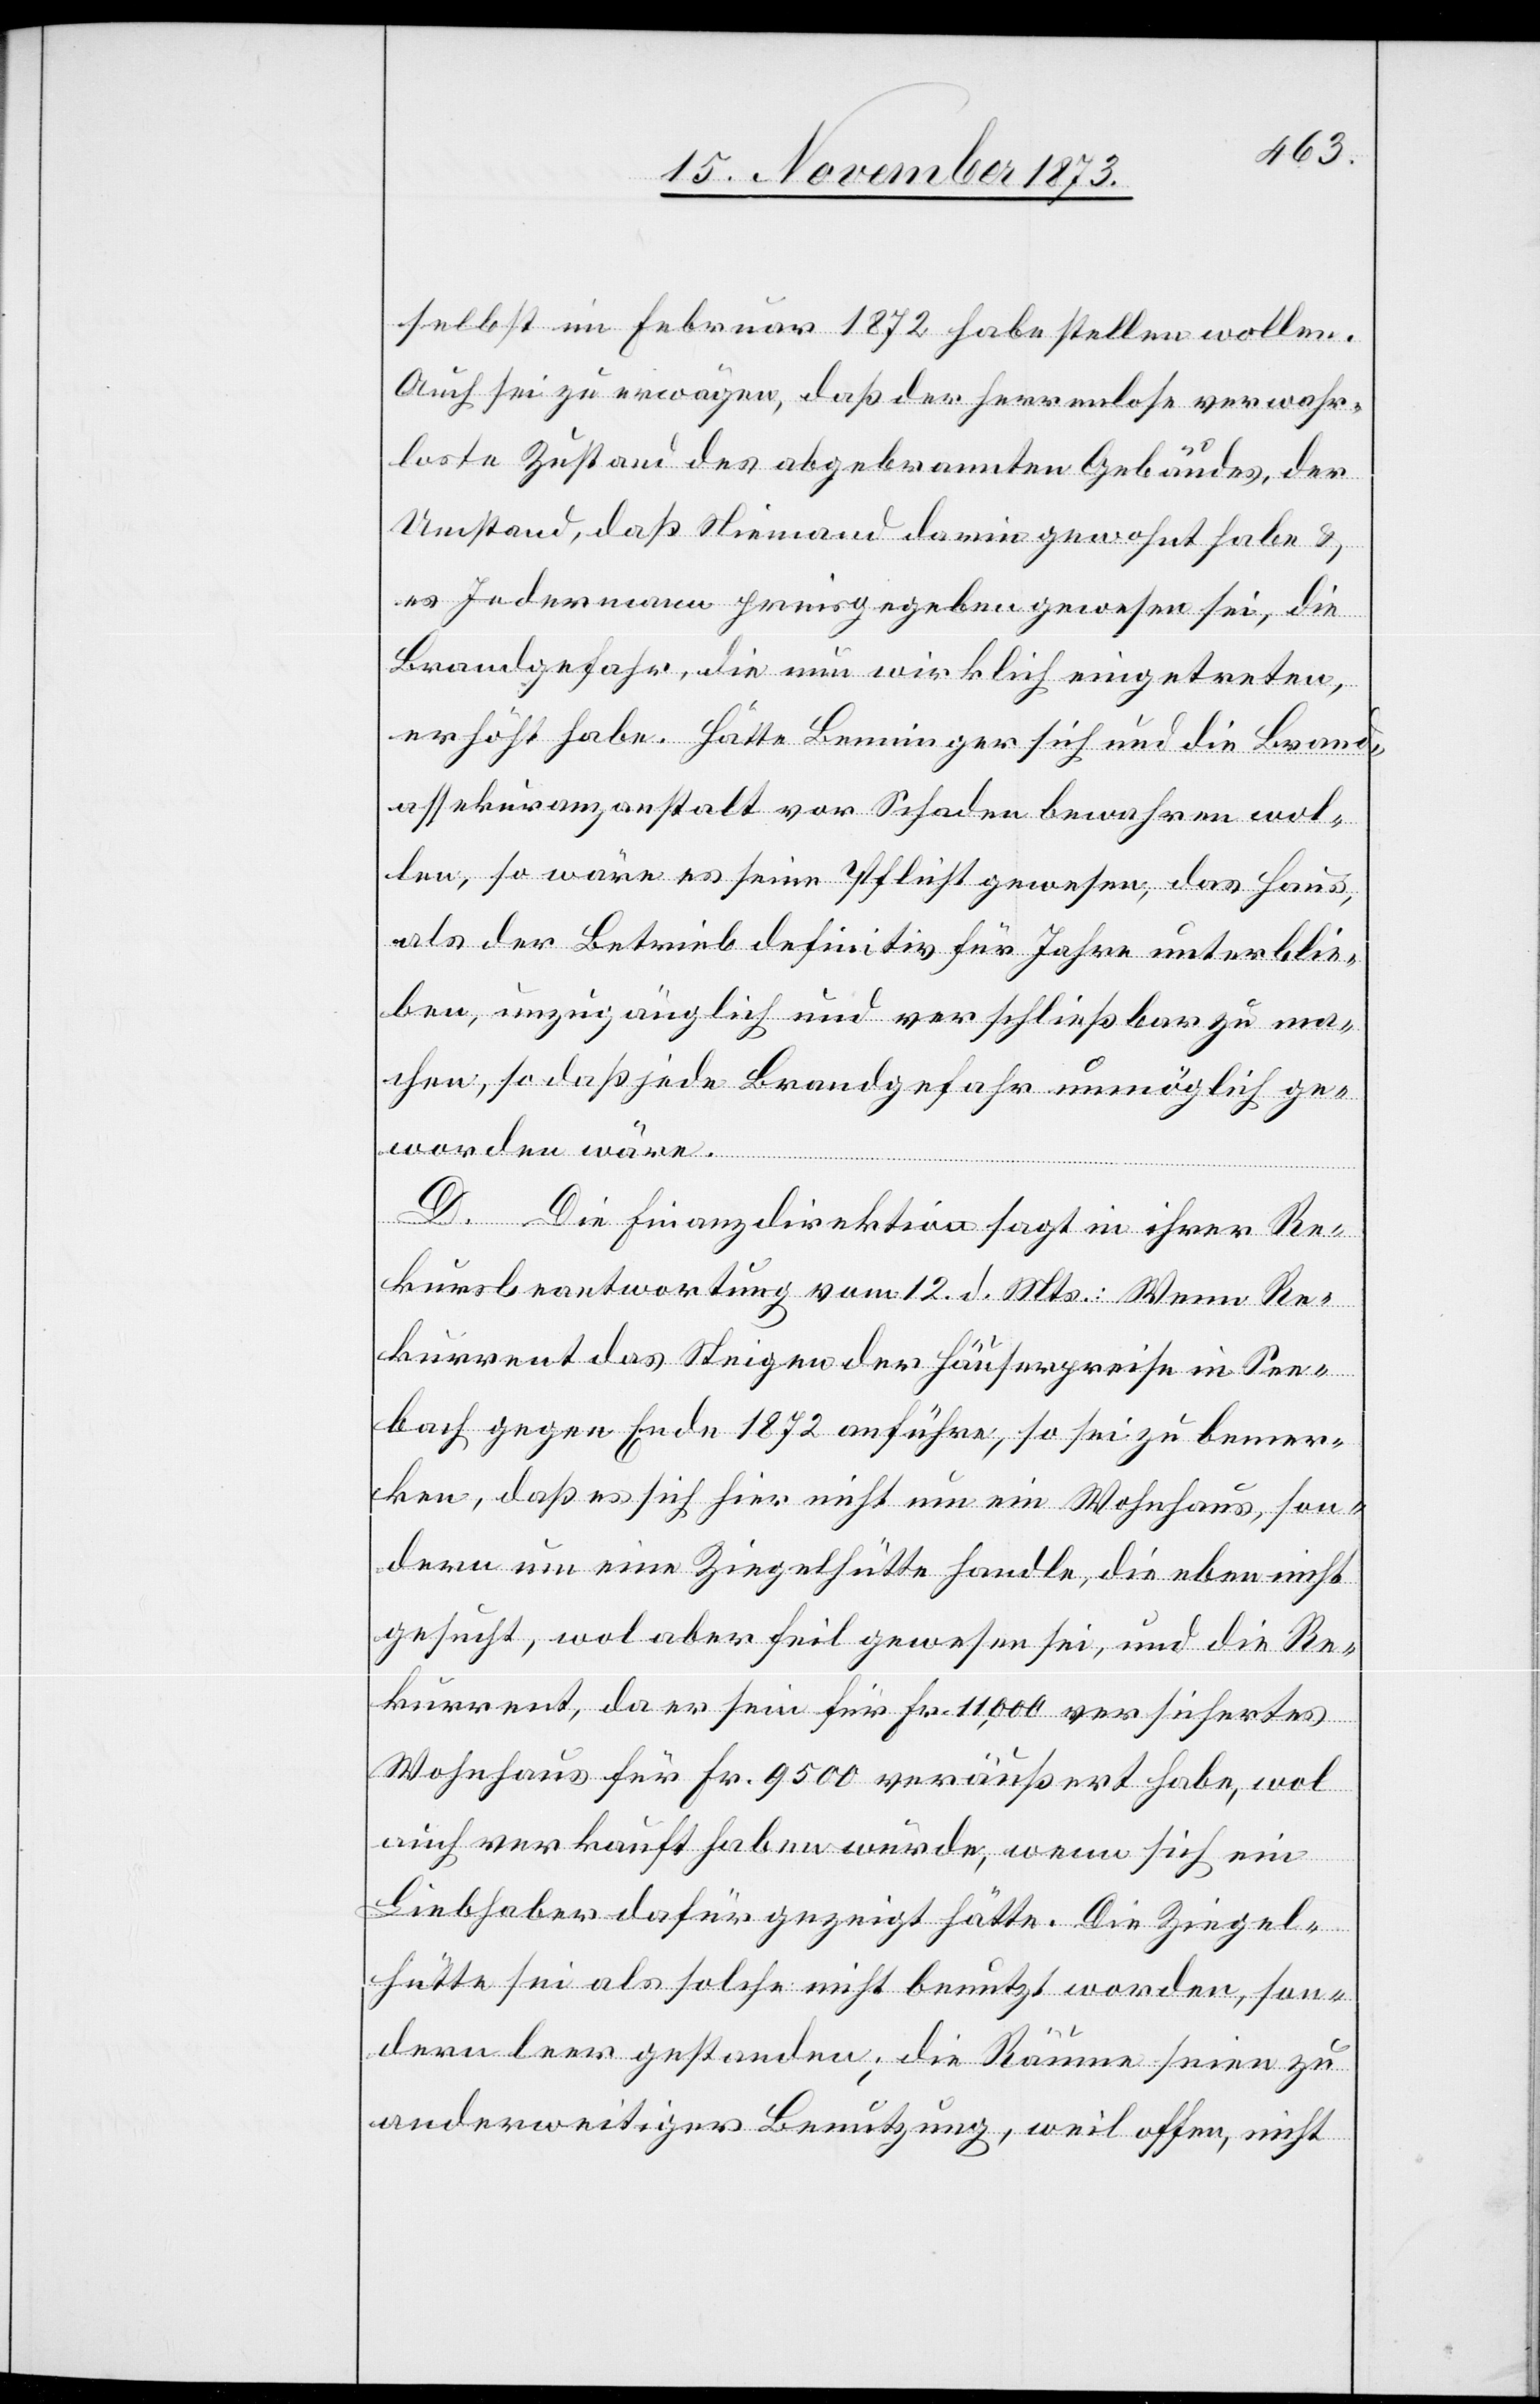
selbst im Februar 1872 habe stellen wollen.
Auch sei zu erwägen, daß der herrenlose verwahr¬
loste Zustand des abgebrannten Gebäudes, der
Umstand, daß Niemand darin gewohnt habe &
es Jedermann preisgegeben gewesen sei, die
Brandgefahr, die nun wirklich eingetreten,
erhöht habe. Hätte Benninger sich und die Brand¬
assekuranzanstalt vor Schaden bewahren wol¬
len, so wäre es seine Pflicht gewesen, das Haus,
als der Betrieb definitiv für Jahre unterblie¬
ben, unzugänglich und verschließbar zu ma¬
chen, so daß jede Brandgefahr unmöglich ge¬
worden wäre.
D. Die Finanzdirektion sagt in ihrer Re¬
kursbeantwortung vom 12. d. Mts.: Wenn Re¬
kurrent das Steigen der Häuserpreise in See¬
bach gegen Ende 1872 anführe, so sei zu bemer¬
ken, daß es sich hier nicht um ein Wohnhaus, son¬
dern um eine Ziegelhütte handle, die eben nicht
gesucht, wol aber feil gewesen sei, und die Re¬
kurrent, da er sein für Fr. 11,000 versichertes
Wohnhaus für Fr. 9 500 veräußert habe, wol
auch verkauft haben würde, wenn sich ein
Liebhaber dafür gezeigt hätte. Die Ziegel¬
hütte sei als solche nicht benutzt worden, son¬
dern leer gestanden; die Räume seien zu
anderweitiger Benutzung, weil offen, nicht